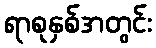
ရာစုနှစ်အတွင်း